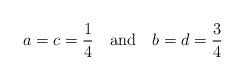
LaTeX: \begin{align*}a=c={1\over 4}\quad {\rm and}\quad b=d={3\over 4}\end{align*}